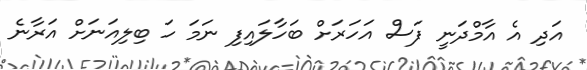
އަދި އެ އާމްދަނީ ފަސް އަހަރަށް ބަހާލައިފި ނަމަ ހަ ބިލިއަނަށް އަރާނެ